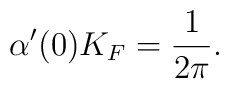
\alpha'(0)K_F=\frac{1}{2\pi}.